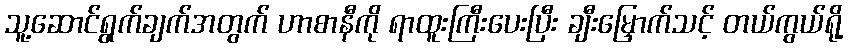
သူ့ဆောင်ရွက်ချက်အတွက် ဟာစာနီကို ရာထူးကြီးပေးပြီး ချီးမြှောက်သင့် တယ်ကွယ်ရို့